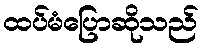
ထပ်မံပြောဆိုသည်